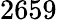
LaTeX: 2659